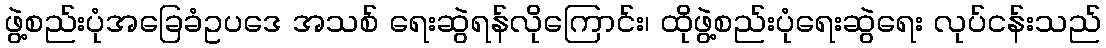
ဖွဲ့စည်းပုံအခြေခံဥပဒေ အသစ် ရေးဆွဲရန်လိုကြောင်း၊ ထိုဖွဲ့စည်းပုံရေးဆွဲရေး လုပ်ငန်းသည်